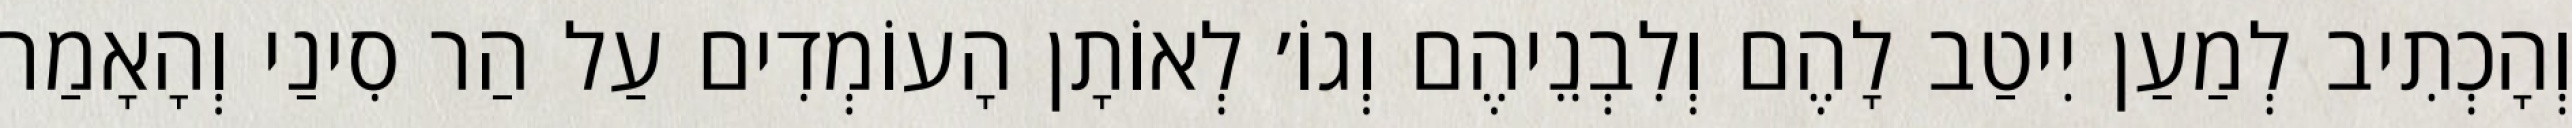
וְהָכְתִיב לְמַעַן יִיטַב לָהֶם וְלִבְנֵיהֶם וְגוֹ׳ לְאוֹתָן הָעוֹמְדִים עַל הַר סִינַי וְהָאָמַר